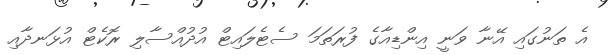
އެ ތަނުގައި އޭނާ ވަނީ އިންޑިއާގެ ފުރަތަމަ ސެޓެލައިޓް އުދުއްސާލި ރޮކެޓް އުޅަނދާއި